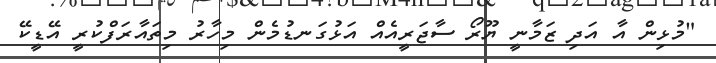
"މުޅިން އާ އަދި ޒަމާނީ ޔޫރޯ ސާޖަރީއެއް އަޅުގަނޑުމެން މިހާރު މިތައާރަފްކުރީ އޭޑީކޭ